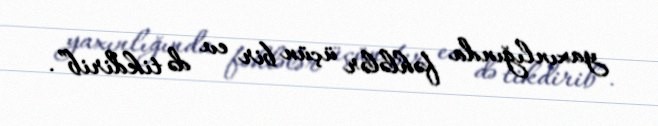
yaxınlığında fəhlələr üçün bir ev də tikdirib”.